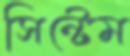
সিন্টেম